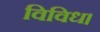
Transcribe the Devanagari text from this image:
विविध।